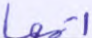
أتمها